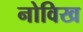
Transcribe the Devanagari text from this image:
नोविख